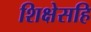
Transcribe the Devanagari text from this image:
शिक्षेसहि